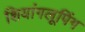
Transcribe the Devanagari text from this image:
शियांगलूपिंग